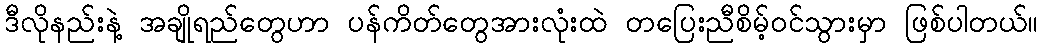
ဒီလိုနည်းနဲ့ အချိုရည်တွေဟာ ပန်ကိတ်တွေအားလုံးထဲ တပြေးညီစိမ့်ဝင်သွားမှာ ဖြစ်ပါတယ်။